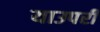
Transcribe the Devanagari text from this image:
याउपरी